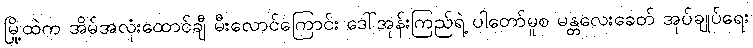
မြို့ထဲက အိမ်အလုံးထောင်ချီ မီးလောင်ကြောင်း ဒေါ်အုန်းကြည်ရဲ့ ပါတော်မူစ မန္တလေးခေတ် အုပ်ချုပ်ရေး